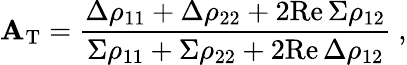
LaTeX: \mathbf{A}_{\mathrm{{T}}}={\frac{{\Delta\rho_{11}+\Delta\rho_{22}+2\mathrm{{Re}}\, \Sigma\rho_{12}}}{{\Sigma\rho_{11}+\Sigma\rho_{22}+2\mathrm{{Re}}\, \Delta\rho_{12}}}}\ ,